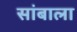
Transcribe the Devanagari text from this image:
सांबाला